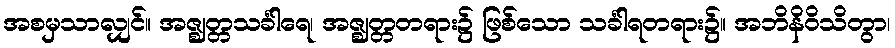
အစမှသာလျှင်။ အဇ္ဈတ္တသင်္ခါရေ၊ အဇ္ဈတ္တတရား၌ ဖြစ်သော သင်္ခါရတရား၌။ အဘိနိဝိသိတွာ၊